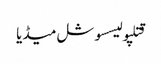
قتلپولیسسوشل میڈیا